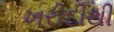
ખરીદીથી